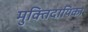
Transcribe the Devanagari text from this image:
मुक्तिदायिका